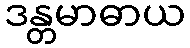
ဒန္တမာဓာယ